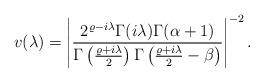
LaTeX: \begin{align*} v(\lambda)=\left|\frac{2^{\varrho-i\lambda}\Gamma(i\lambda)\Gamma(\alpha+1)}{\Gamma\left(\frac{\varrho+i\lambda}{2}\right)\Gamma\left(\frac{\varrho+i\lambda}{2}-\beta\right)}\right|^{-2}.\end{align*}